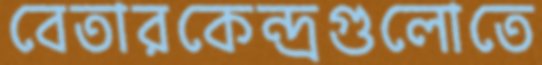
বেতারকেন্দ্রগুলোতে